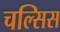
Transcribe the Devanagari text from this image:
चल्सिस